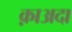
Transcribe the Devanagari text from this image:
क़ाअदा